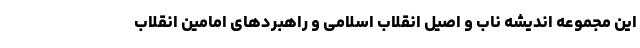
این مجموعه اندیشه ناب و اصیل انقلاب اسلامی و راهبردهای امامین انقلاب